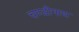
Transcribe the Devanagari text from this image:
चण्‍डीनाथ